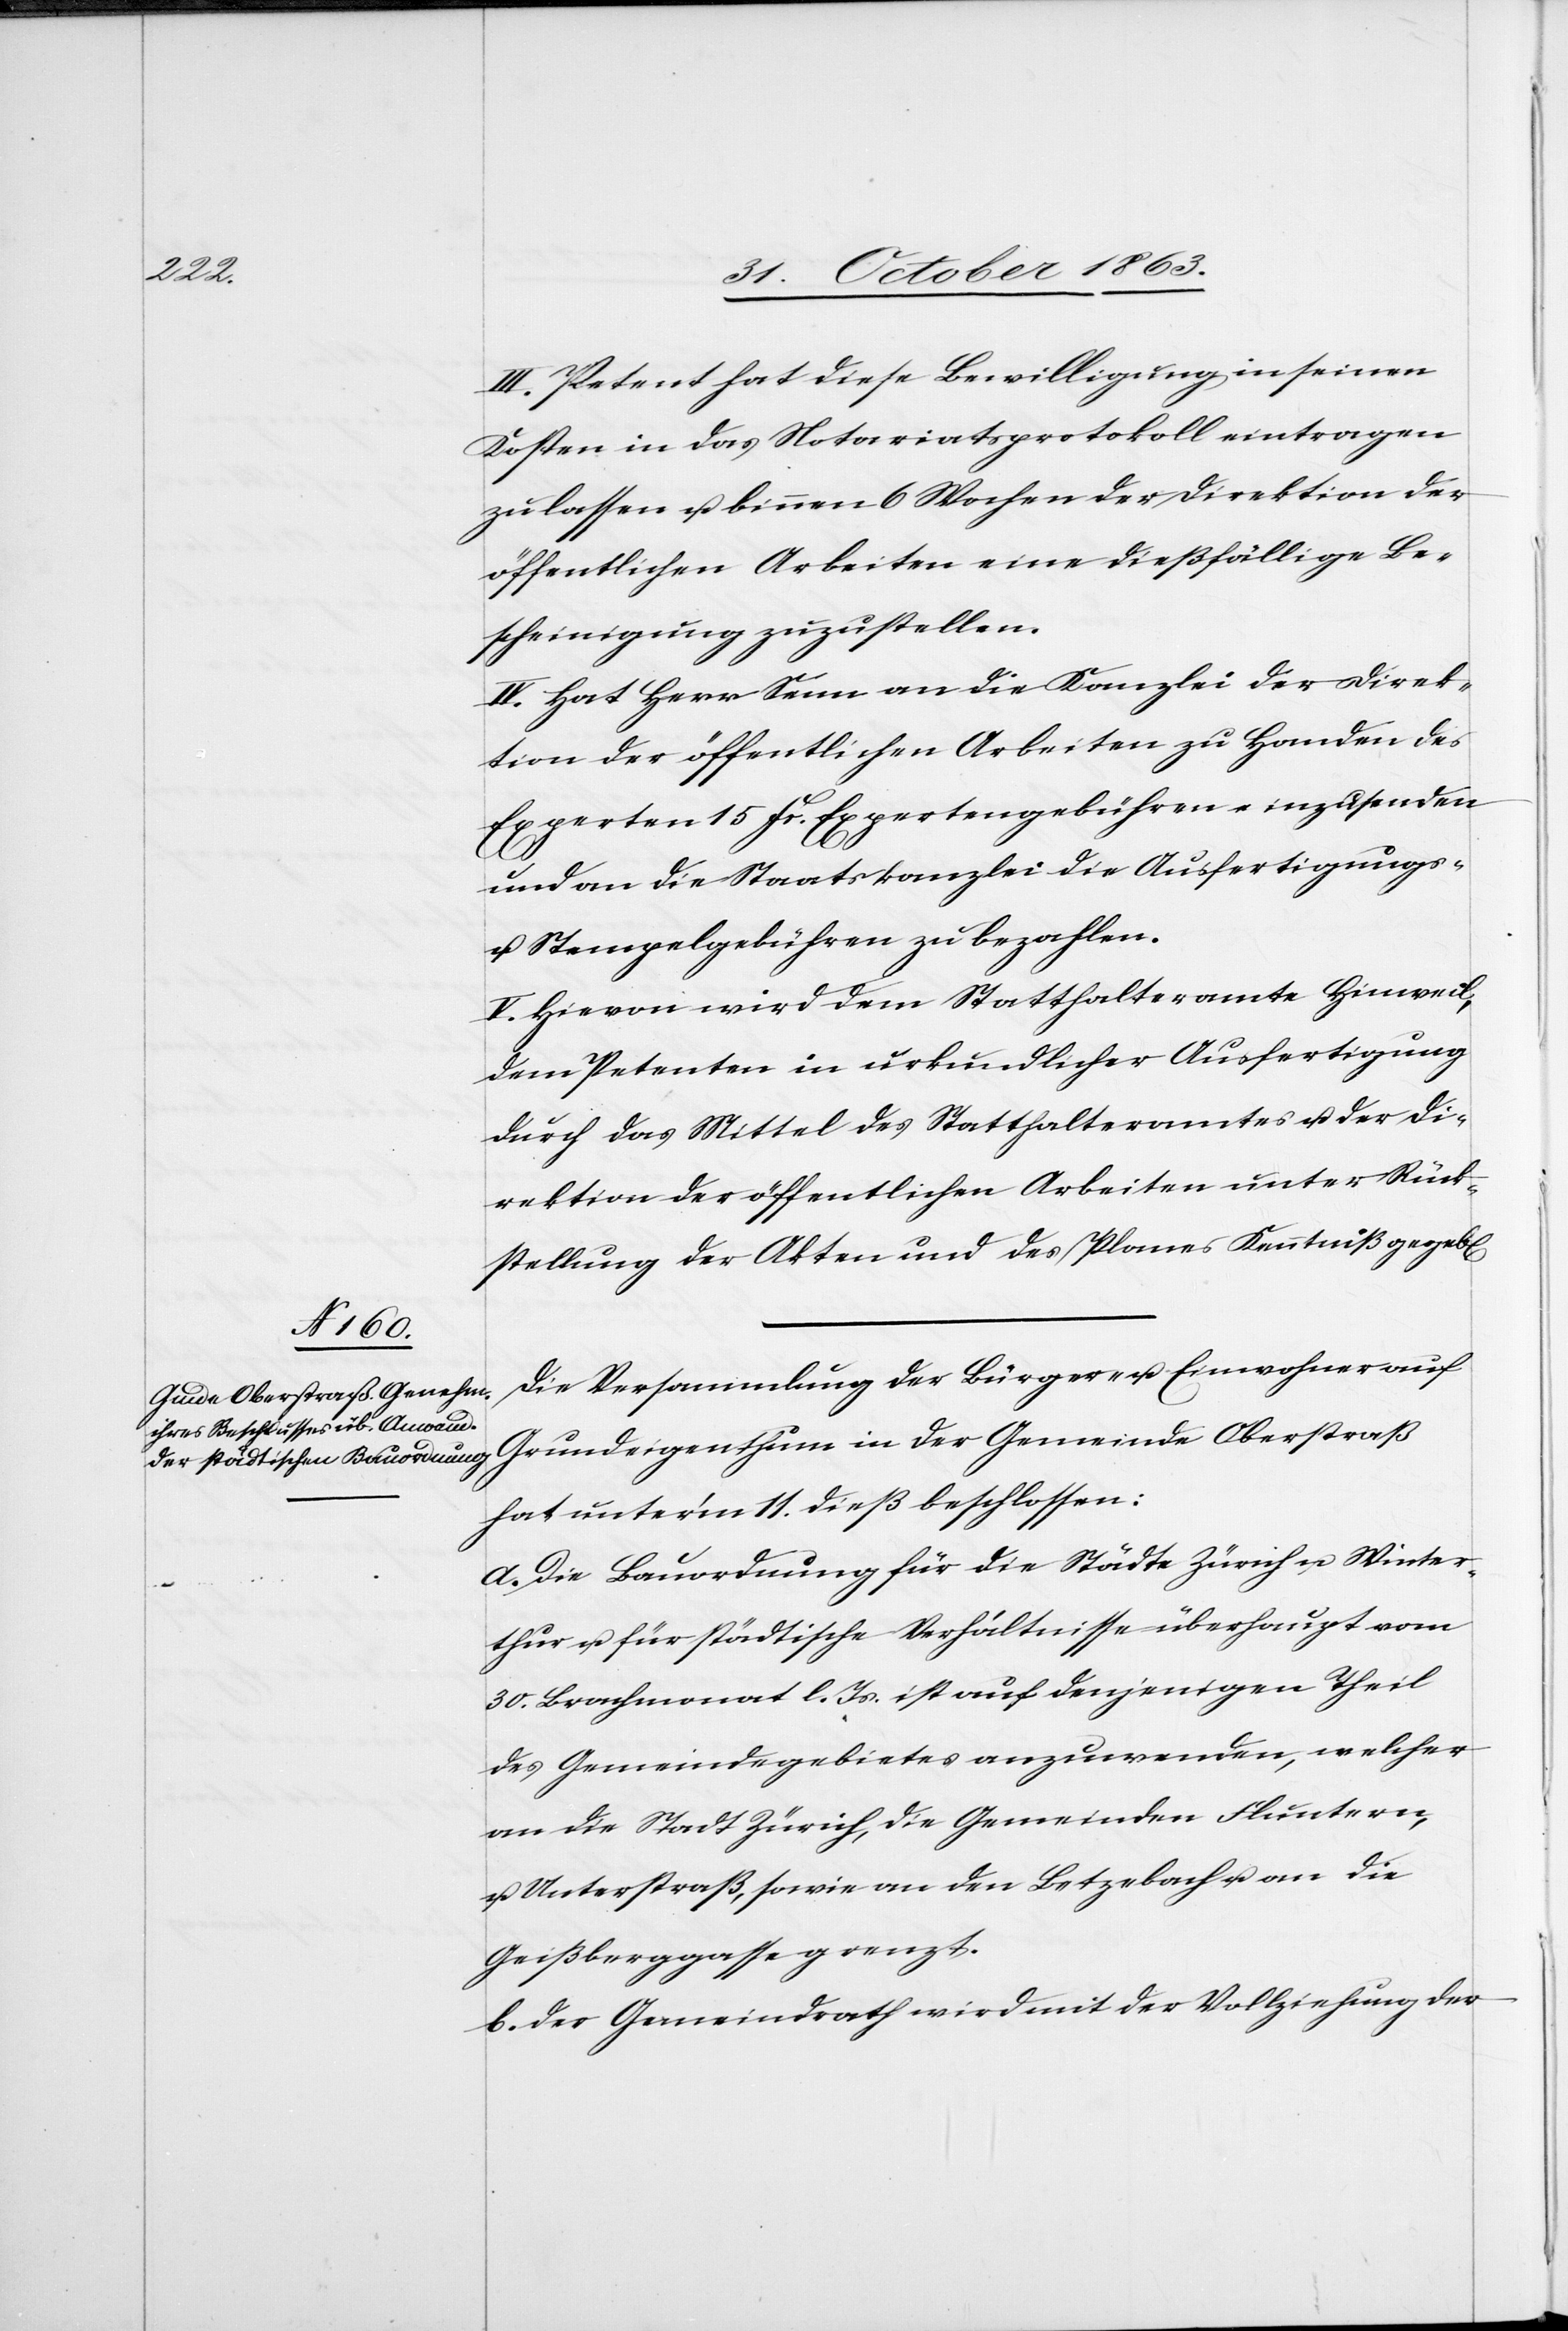
III. Petent hat diese Bewilligung in seinen
Kosten in das Notariatsprotokoll eintragen
zu lassen u. binnen 6 Wochen der Direktion der
öffentlichen Arbeiten eine dießfällige Be¬
scheinigung zuzustellen.
IV. Hat Herr Senn an die Kanzlei der Direk¬
tion der öffentlichen Arbeiten zu Handen des
Experten 15 Fr. Expertengebühren einzusenden
n].
und an die Staatskanzlei die Ausfertigungs-
u. Stempelgebühren zu bezahlen.
V. Hievon wird dem Statthalteramte Hinweil,
dem Petenten in urkundlicher Ausfertigung
durch das Mittel des Statthalteramtes u. der Di¬
rektion der öffentlichen Arbeiten unter Rück¬
stellung der Akten und des Planes Kenntniß gegeb[e¬
Die Versammlung der Bürger- u. Einwohner auf
Grundeigenthum in der Gemeinde Oberstraß
hat unter'm 11. dieß beschlossen:
a. Die Bauordnung für die Städte Zürich u. Winter¬
thur u. für städtische Verhältnisse überhaupt vom
30. Brachmonat l. Js. ist auf denjenigen Theil
des Gemeindegebietes anzuwenden, welcher
an die Stadt Zürich, die Gemeinden Fluntern,
u. Unterstraß, sowie an den Letzebach u. an die
Geißberggasse grenzt.
b. Der Gemeindrath wird mit der Vollziehung der